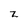
Character: z